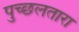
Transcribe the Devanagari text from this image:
पुच्छलतारा